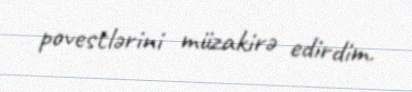
povestlərini müzakirə edirdim.